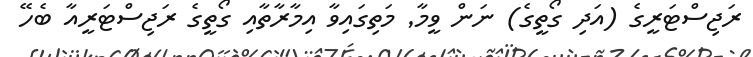
ރަޖިސްޓަރީގެ (އަދި ގޯތީގެ) ނަން ވީމާ